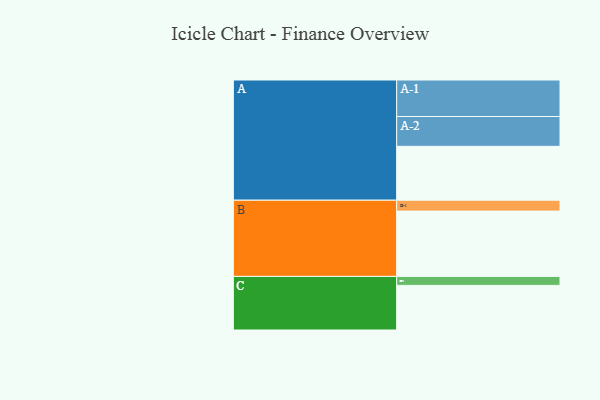
{"axis": {"x": "Segment", "y": "Value"}, "legend": ["", "A", "B", "C"], "data": [{"x": "A", "y": 372, "type": ""}, {"x": "B", "y": 451, "type": ""}, {"x": "C", "y": 308, "type": ""}, {"x": "A-1", "y": 252, "type": "A"}, {"x": "A-2", "y": 206, "type": "A"}, {"x": "B-1", "y": 75, "type": "B"}, {"x": "C-1", "y": 62, "type": "C"}]}